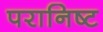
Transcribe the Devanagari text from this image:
परानिष्ट